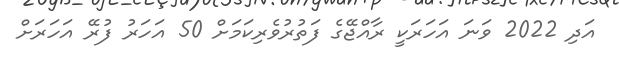
އަދި 2022 ވަނަ އަހަރަކީ ރާއްޖޭގެ ފަތުރުވެރިކަމަށް 50 އަހަރު ފުރޭ އަހަރަށް